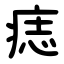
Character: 痣